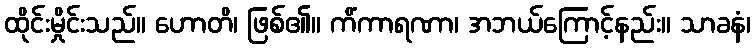
ထိုင်းမှိုင်းသည်။ ဟောတိ၊ ဖြစ်၏။ ကိံကာရဏာ၊ အဘယ်ကြောင့်နည်း။ သာခနံ၊